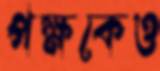
পক্ষকেও